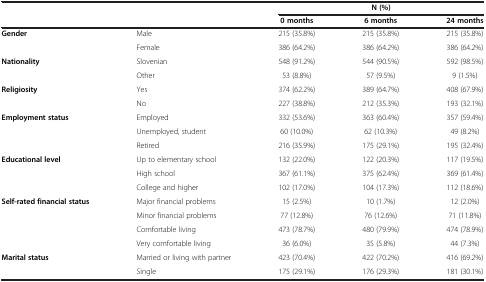
<table><thead><tr><td colspan="2"><b> </b></td><td colspan="3"><b>N (%)</b></td></tr><tr><td colspan="2"><b> </b></td><td><b>0 months</b></td><td><b>6 months</b></td><td><b>24 months</b></td></tr></thead><tbody><tr><td rowspan="2"><b>Gender</b></td><td>Male</td><td>215 (35.8%)</td><td>215 (35.8%)</td><td>215 (35.8%)</td></tr><tr><td>Female</td><td>386 (64.2%)</td><td>386 (64.2%)</td><td>386 (64.2%)</td></tr><tr><td rowspan="2"><b>Nationality</b></td><td>Slovenian</td><td>548 (91.2%)</td><td>544 (90.5%)</td><td>592 (98.5%)</td></tr><tr><td>Other</td><td>53 (8.8%)</td><td>57 (9.5%)</td><td>9 (1.5%)</td></tr><tr><td rowspan="2"><b>Religiosity</b></td><td>Yes</td><td>374 (62.2%)</td><td>389 (64.7%)</td><td>408 (67.9%)</td></tr><tr><td>No</td><td>227 (38.8%)</td><td>212 (35.3%)</td><td>193 (32.1%)</td></tr><tr><td rowspan="3"><b>Employment status</b></td><td>Employed</td><td>332 (53.6%)</td><td>363 (60.4%)</td><td>357 (59.4%)</td></tr><tr><td>Unemployed, student</td><td>60 (10.0%)</td><td>62 (10.3%)</td><td>49 (8.2%)</td></tr><tr><td>Retired</td><td>216 (35.9%)</td><td>175 (29.1%)</td><td>195 (32.4%)</td></tr><tr><td rowspan="3"><b>Educational level</b></td><td>Up to elementary school</td><td>132 (22.0%)</td><td>122 (20.3%)</td><td>117 (19.5%)</td></tr><tr><td>High school</td><td>367 (61.1%)</td><td>375 (62.4%)</td><td>369 (61.4%)</td></tr><tr><td>College and higher</td><td>102 (17.0%)</td><td>104 (17.3%)</td><td>112 (18.6%)</td></tr><tr><td rowspan="4"><b>Self-rated financial status</b></td><td>Major financial problems</td><td>15 (2.5%)</td><td>10 (1.7%)</td><td>12 (2.0%)</td></tr><tr><td>Minor financial problems</td><td>77 (12.8%)</td><td>76 (12.6%)</td><td>71 (11.8%)</td></tr><tr><td>Comfortable living</td><td>473 (78.7%)</td><td>480 (79.9%)</td><td>474 (78.9%)</td></tr><tr><td>Very comfortable living</td><td>36 (6.0%)</td><td>35 (5.8%)</td><td>44 (7.3%)</td></tr><tr><td rowspan="2"><b>Marital status</b></td><td>Married or living with partner</td><td>423 (70.4%)</td><td>422 (70.2%)</td><td>416 (69.2%)</td></tr><tr><td>Single</td><td>175 (29.1%)</td><td>176 (29.3%)</td><td>181 (30.1%)</td></tr></tbody></table>